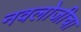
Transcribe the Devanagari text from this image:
नवलोजीचा